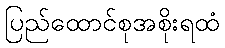
ပြည်ထောင်စုအစိုးရထံ